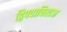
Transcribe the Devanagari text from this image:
द्विपदाविराज